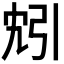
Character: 𫸬